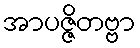
အာပဇ္ဇိတဗ္ဗာ